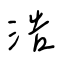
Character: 浩